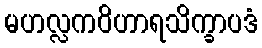
မဟလ္လကဝိဟာရသိက္ခာပဒံ